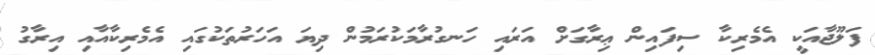
ފަލޫޖާއަކީ އެމެރިކާ ސިފައިން ޢިރާގަށް އަރައި ހަނގުރާމަކުރަމުން ދިޔަ އަހަރުތަކުގައި އެމެރިކާއާއި އިރާގު